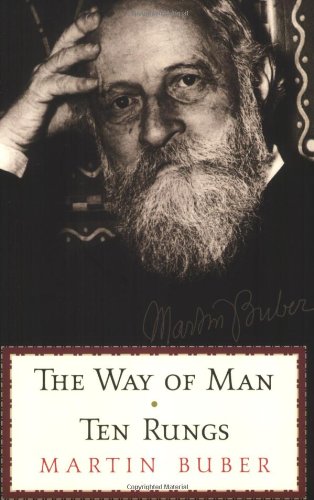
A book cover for The Ten Rungs & The Way Of Man; Martin Buber; Religion & Spirituality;